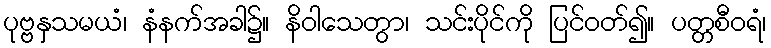
ပုဗ္ဗနှသမယံ၊ နံနက်အခါ၌။ နိဝါသေတွာ၊ သင်းပိုင်ကို ပြင်ဝတ်၍။ ပတ္တစီဝရံ၊